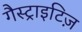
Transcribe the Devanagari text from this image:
गैस्ट्राइटिज़